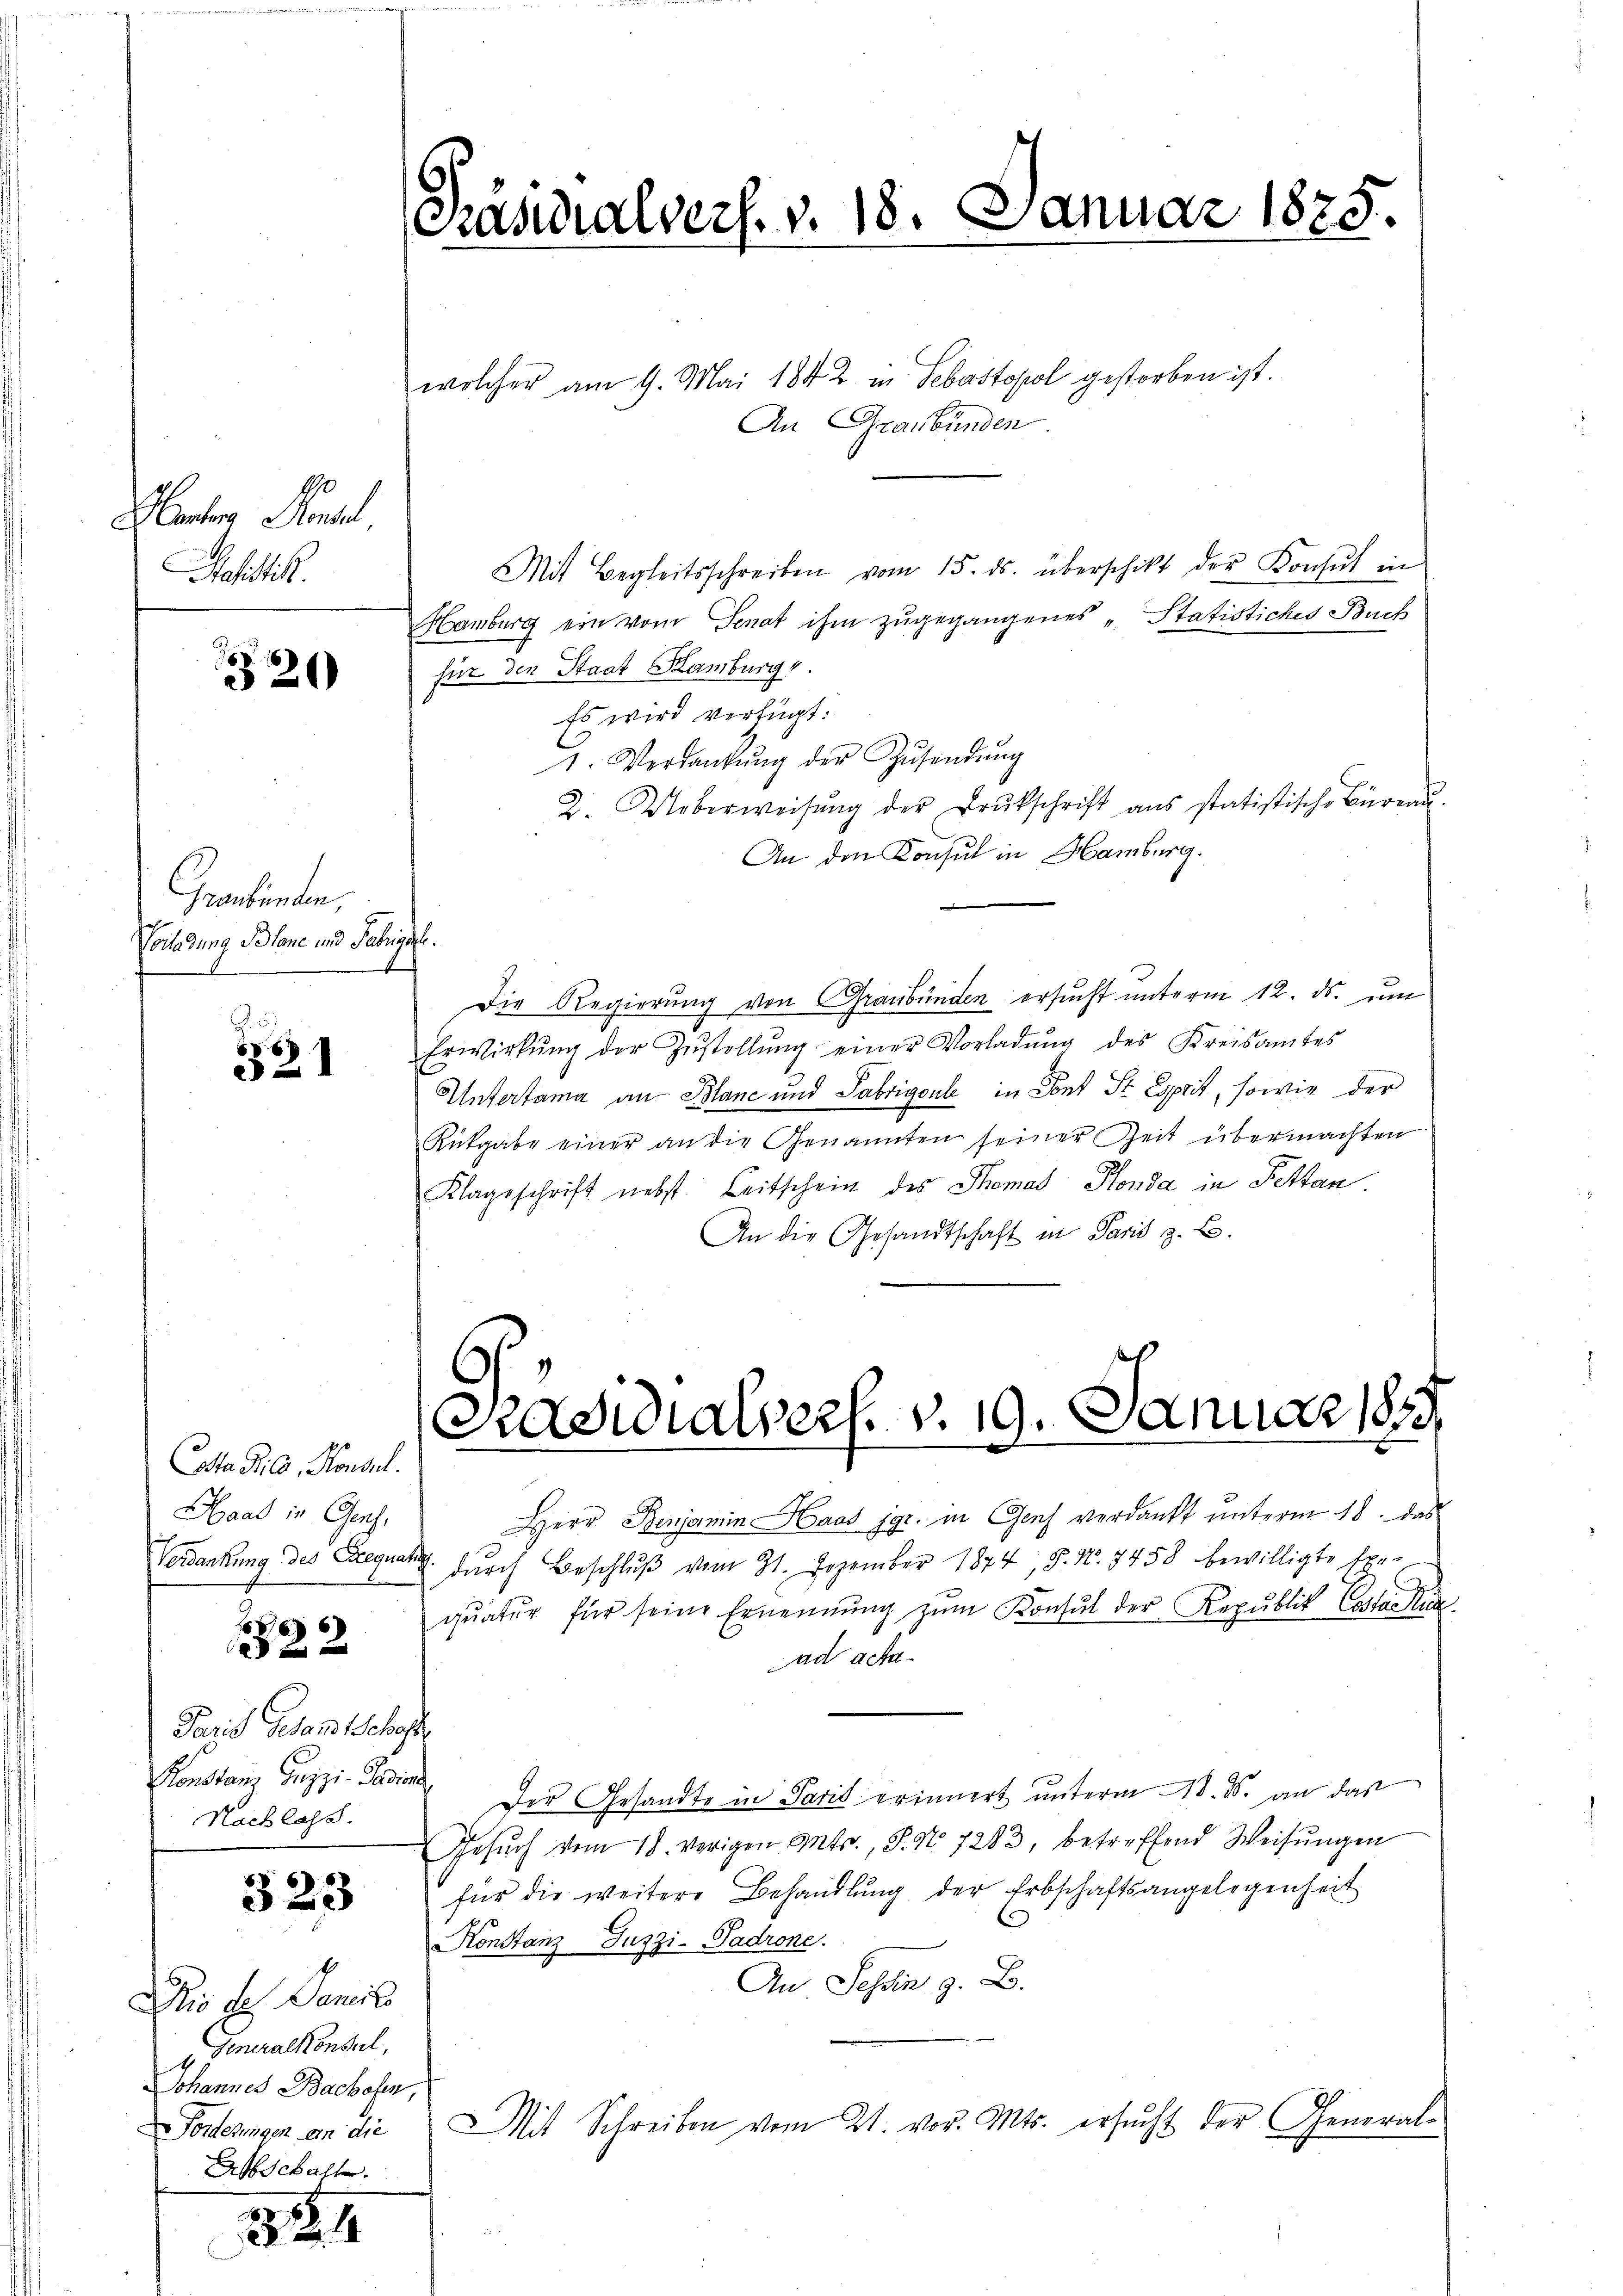
Manten Konsul
Satistik.

20

Graubünden,
Vorladung Blane und Fabrigel.
A.

321

Cotta Pila, Konsul
Haal in Genf,
Verdankung des Freque
.

1
1522

Paris Gesandtschafte
Konstanz Buzzi. Ferdien
Nachlass.

323

Dis des Sancil
 Generalkonsul
Johannes Bachofen,
Forderungen an die
Abschafte.

24

Präsidialvers. v. 18. Januar 1875.

wolcher am 9. Mai 1842 in Sebastopol gestorben ist
An Graubünden
Mit Begleitsschreiben vom 15. ds. überschickt der Konsul in
Hamburg ein vom Senat ihm zugegangenes „Statistiches Buch
für den Staat Hamburg v
Es wird verfügt:
1. Verdankŭng der Zŭsendŭng
2. Ueberweisŭng der Brŭtschrift ans statistische Büreau-
An den Konsul in Hamburg.
Die Regierung von Graubünden ersucht unterm 12. ds. um
Erwirkŭng der Zŭstellŭng einer Vorladŭng des Kreisamtes
Untertama an Blanc und Fabrigente in Sont St. Esprit, sowie der
Rickgabe einer an die Genannten seiner Zeit übermachten
Klageschrift nebst Leitschein des Thomas Ponda in Fettan
An die Gesandtschaft in Paris z. B.

Präsidialsers. v. 19. Januar 1849.

Herr Benjamin Haas jgr. in Genf verdankt unterm 18. das
 dŭrch Beschlŭβ vom 31. Dezember 1874, S. Nr. 7458 bewilligte Exe-
quatur für seine Ernennung zŭm Konsul der Republik Lafarik
ad acta
Der Gesandte in Paris erinnert unterm 18. d. an das
Gesŭch vom 18. vorigen Mts., S. Nr. 7283, betreffend Weisŭngen
für die weitere Behandlŭng der Erbschaftsangelegenheit
Konstanz Juzzi-Padrone.
An Tessin z. B.
Mit Schreiben vom 21. vor. Mts. ersucht der General¬